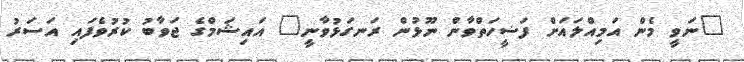
"ނަވީ މެން އަމިއްލައަށް ފަޟީހަތްވާން ނޫޅުން ރަނގަޅުވާނީ" އައިޝަމްގެ ޖަވާބު ކުރުވެފައި އަސަރު